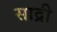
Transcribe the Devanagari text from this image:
साद्री